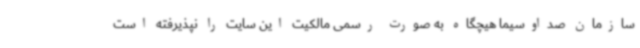
سازمان صداوسیما هیچگاه به صورت رسمی مالکیت این سایت را نپذیرفته است